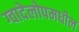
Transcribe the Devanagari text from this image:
ग्वादेलोपमधील